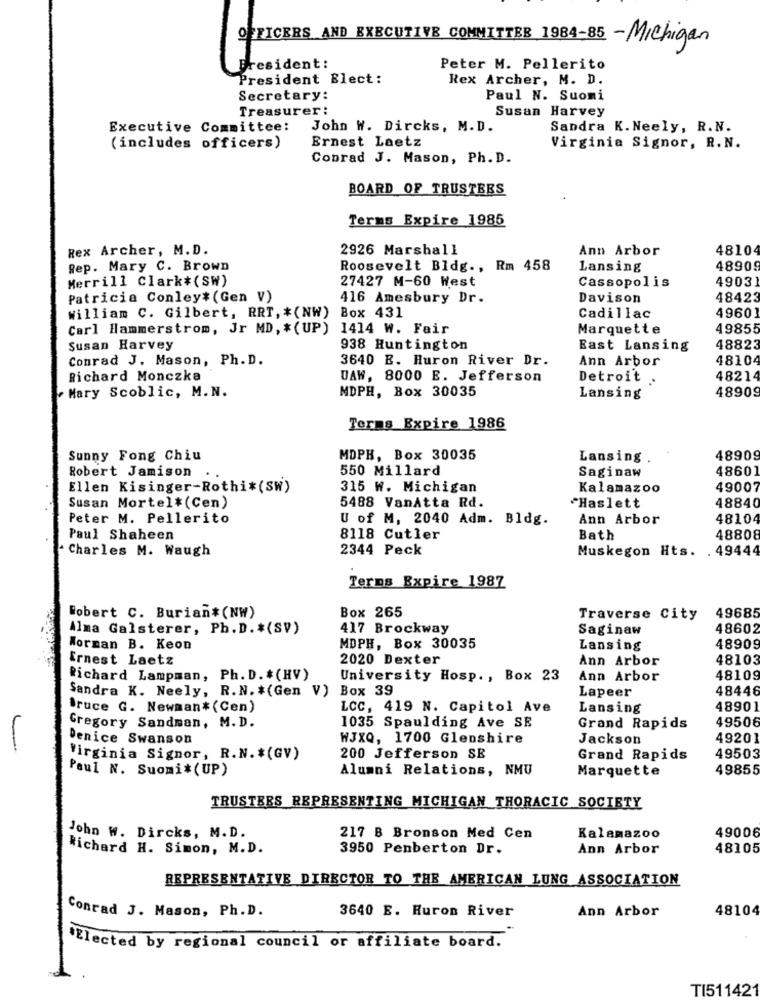
OFFICERS AND EXECUTIVE COMMITTEE 1984-85 - Michigan
President :
Peter M. Pellerito
President Elect:
Rex Archer, M. D.
Secretary:
Paul N. Suomi
Treasurer:
Susan Harvey
Executive Committee:
John W. Dircks, M.D.
Sandra K. Neely, R.N.
Ernest Laetz
(includes officers)
Virginia Signor, R. N.
Conrad J. Mason, Ph. D.
BOARD OF TRUSTEES
Terms Expire 1985
Rex Archer, M.D.
2926 Marshall
Ann Arbor
48104
Rep. Mary C. Brown
Roosevelt Bldg ., Rm 458
Lansing
4890
Merrill Clark#(SW)
27427 M-60 West
Cassopolis
4903
Patricia Conley* (Gen V)
416 Amesbury Dr.
Davison
48423
4960]
William C. Gilbert, RRT, * (NW)
Box 431
Cadillac
Carl Hammerstrom, Jr MD, * (UP) 1414 W. Fair
Marquette
49855
Susan Harvey
938 Huntington
East Lansing
48823
Conrad J. Mason, Ph. D.
3640 E. Huron River Dr.
Ann Arbor
48104
Richard Monczka
DAW, 8000 E. Jefferson
Detroit ..
48214
Mary Scoblic, M.N.
MDPH, Box 30035
4890
Lansing
Terms Expire 1986
Sunny Fong Chiu
MDPH, Box 30035
Lansing
48909
550 Millard
48601
Robert Jamison ..
Saginaw
Ellen Kisinger-Rothi*(SW)
315 W. Michigan
Kalamazoo
49007
5488 VanAtta Rd.
Susan Mortel#(Cen)
"Haslett
48840
Peter M. Pellerito
U of M, 2040 Adm. Bldg.
Ann Arbor
48104
Paul Shaheen
8118 Cutler
Bath
48808
Charles M. Waugh
2344 Peck
Muskegon Hts.
. 49444
Terms Expire 1987
Box 265
Robert C. Burian#(NW)
Traverse City
49685
Alma Galsterer, Ph. D. * (SV)
417 Brockway
Saginaw
48602
Worman B. Keon
MDPH, Box 30035
Lansing
48909
Ernest Laetz
2020 Dexter
Ann Arbor
48103
Richard Lampman, Ph. D. #(HV)
University Hosp ., Box 23
Ann Arbor
48109
Sandra K. Neely, R.N. * (Gen V) Box 39
Lapeer
48446
Bruce G. Newman* (Cen)
LCC, 419 N. Capitol Ave
Lansing
48901
49506
Gregory Sandman, M.D.
1035 Spaulding Ave SE
Grand Rapids
Denice Swanson
WJXQ, 1700 Glenshire
Jackson
49201
Virginia Signor, R.N. $(GV)
200 Jefferson SE
Grand Rapids
49503
Paul N. Suomi*(UP)
Alumni Relations, NMU
Marquette
49855
TRUSTEES REPRESENTING MICHIGAN THORACIC SOCIETY
49006
John W. Dircks, M.D.
217 B Bronson Med Cen
Kalamazoo
Richard H. Simon, M.D.
3950 Penberton Dr.
Ann Arbor
48105
REPRESENTATIVE DIRECTOR TO THE AMERICAN LUNG ASSOCIATION
3640 E. Huron River
Ann Arbor
48104
Conrad J. Mason, Ph.D.
*Elected by regional council or affiliate board.
TI511421